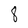
Character: 8